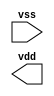
// This program was cloned from: https://github.com/siliconcompiler/lambdalib
// License: MIT License

//#############################################################################
//# Function: Decap Cell                                                      #
//# Copyright: Lambda Project Authors. All rights Reserved.                   #
//# License:  MIT (see LICENSE file in Lambda repository)                     #
//#############################################################################

module la_decap #(
    parameter PROP = "DEFAULT"
) (
    input  vss,
    output vdd
);

endmodule